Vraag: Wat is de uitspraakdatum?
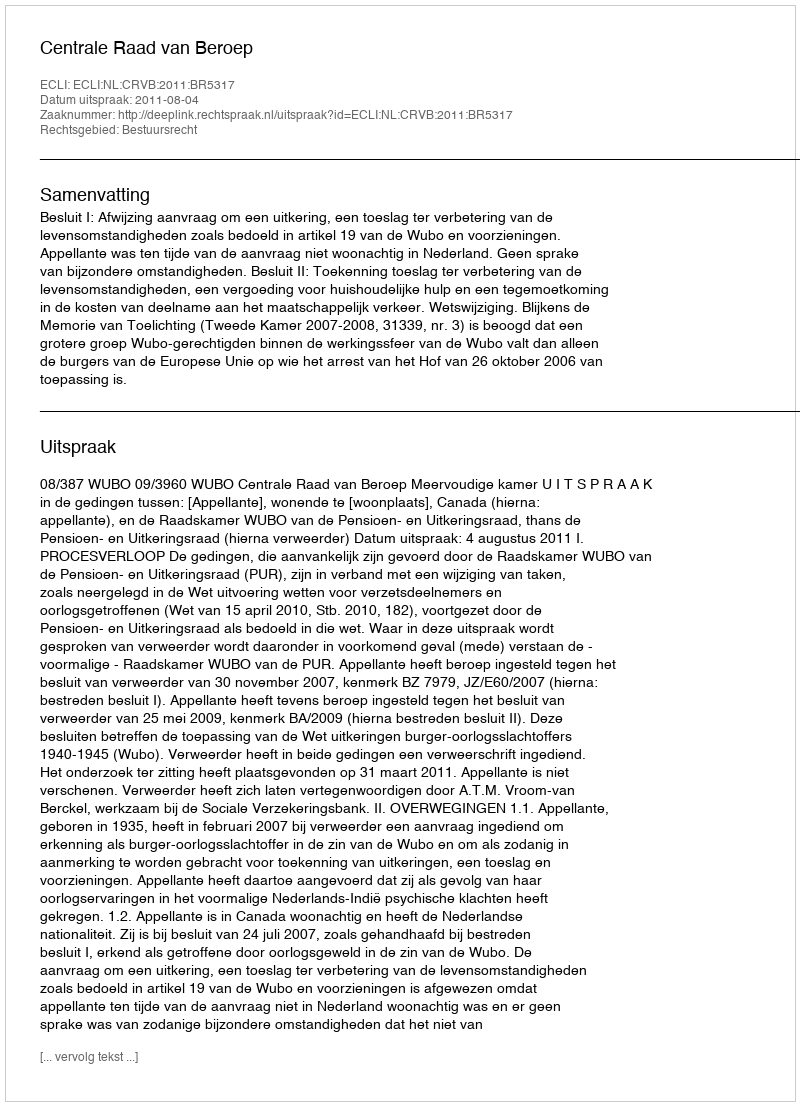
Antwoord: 2011-08-04